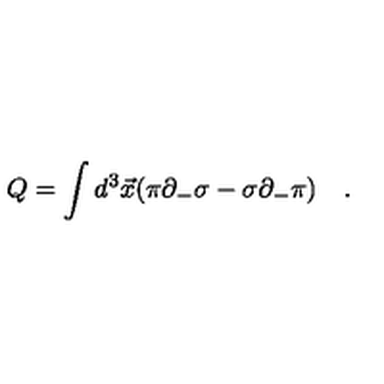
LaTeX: Q = \int d ^ { 3 } \vec { x } ( \pi \partial _ { - } \sigma - \sigma \partial _ { - } \pi ) \quad .